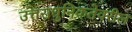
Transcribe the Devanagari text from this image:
उत्तराधुनिकतेवरील